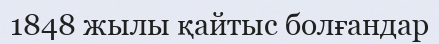
1848 жылы қайтыс болғандар